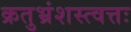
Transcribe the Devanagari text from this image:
क्रतुभ्रंशस्त्वत्तः